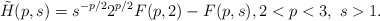
\begin{align*}\tilde H(p, s) = s^{-p/2}2^{p/2}F(p,2) - F(p,s), 2 < p < 3,\ s > 1.\end{align*}